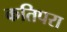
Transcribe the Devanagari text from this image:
कतिपरा